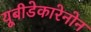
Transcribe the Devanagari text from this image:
यूबीडेकारेनोन